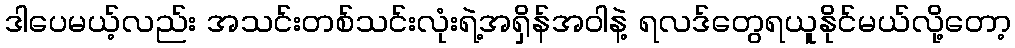
ဒါပေမယ့်လည်း အသင်းတစ်သင်းလုံးရဲ့အရှိန်အဝါနဲ့ ရလဒ်တွေရယူနိုင်မယ်လို့တော့